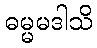
ဓမ္မမဒါသိ